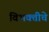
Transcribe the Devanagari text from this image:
विभक्तीचे